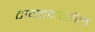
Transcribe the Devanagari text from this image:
टायटनवरील